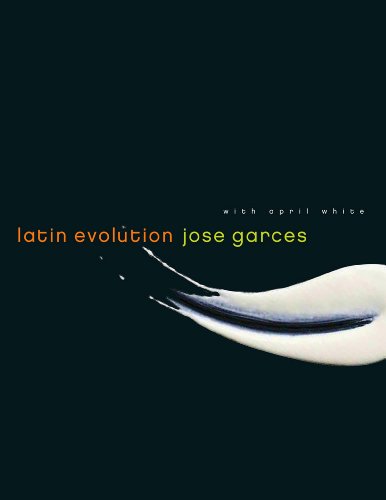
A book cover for Latin Evolution; Jose Garces; Cookbooks, Food & Wine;